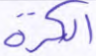
الكرة